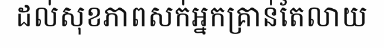
ដល់សុខភាពសក់អ្នកគ្រាន់តែលាយ